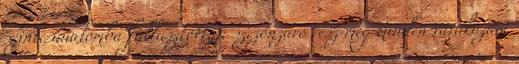
szinte unalomba fullasztott, a szezonzáró rész meg minden várakozást